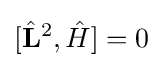
[{\hat {\mathbf {L} }}^{2},{\hat {H}}]=0